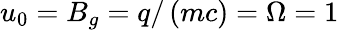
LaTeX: u_{0}=B_{g}=q/\left(mc\right)=\Omega=1